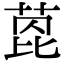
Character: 萞